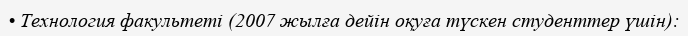
• Технология факультеті (2007 жылға дейін оқуға түскен студенттер үшін):